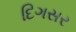
દિગસર